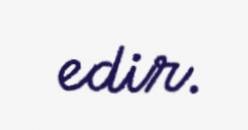
edir.